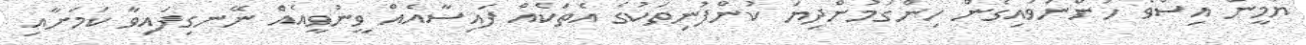
ޔާމީން އިސްވެ ހުންނަވައިގެން ހިންގަމުންދިޔަ ކުންފުނިތަކުގެ އެތަކެއް ފައިސާއެއް ވީނުވީއެއް ނޭނގިފައިވާ ކަމަށާއި